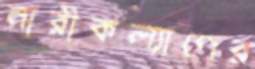
নারীকল্যাণের